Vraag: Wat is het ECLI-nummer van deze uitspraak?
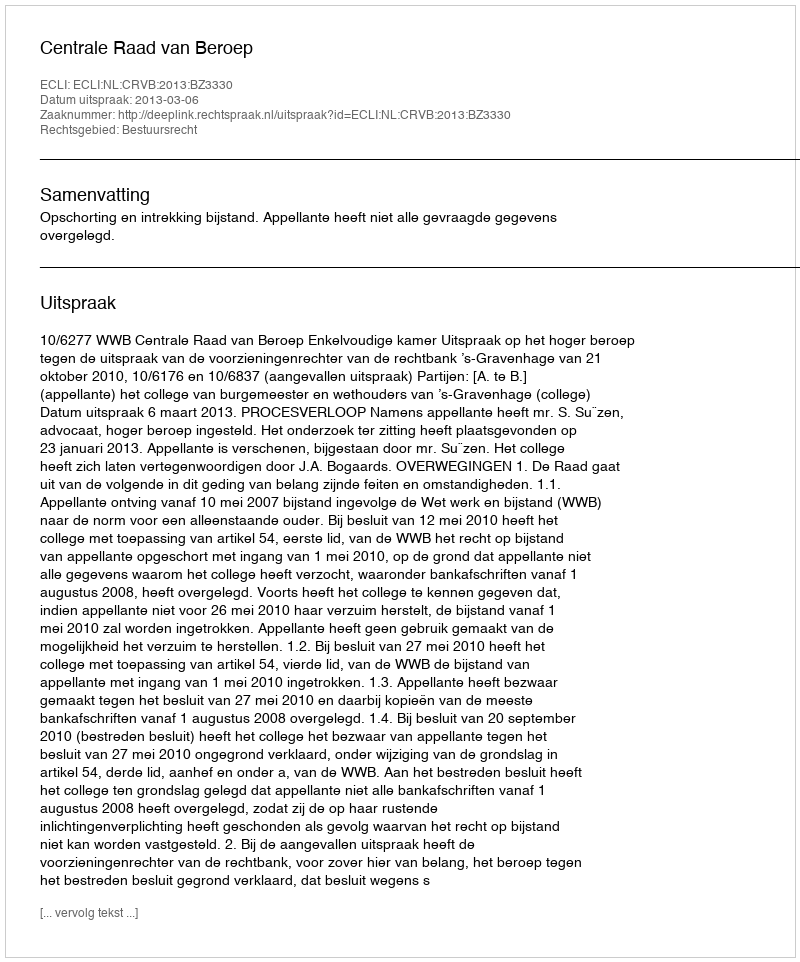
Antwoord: ECLI:NL:CRVB:2013:BZ3330